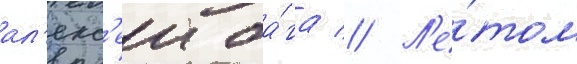
ал'екс'еи ба́га // Л'е́том